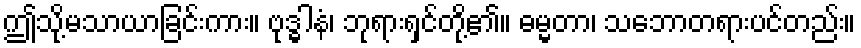
ဤသို့မသာယာခြင်းကား။ ဗုဒ္ဓါနံ၊ ဘုရားရှင်တို့၏။ ဓမ္မတာ၊ သဘောတရားပင်တည်း။